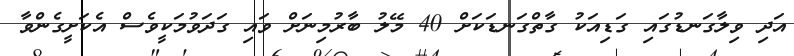
އަދި ވިލާގަނޑުގައި ގަޑިއަކު ގާތްގަނޑަކަށް 40 މޭލު ބާރުމިނަށް ވައި ގަދަވުމަކީވެސް އެކަށީގެންވާ